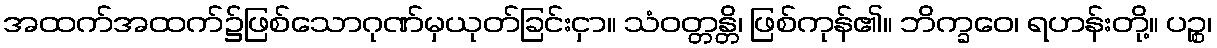
အထက်အထက်၌ဖြစ်သောဂုဏ်မှယုတ်ခြင်းငှာ။ သံဝတ္တန္တိ၊ ဖြစ်ကုန်၏။ ဘိက္ခဝေ၊ ရဟန်းတို့။ ပဉ္စ၊